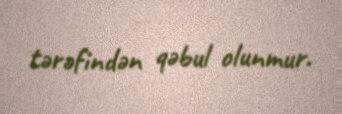
tərəfindən qəbul olunmur.